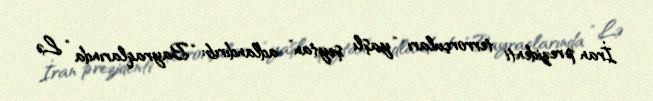
İran prezidenti terrorçuları “yaşlı şeytan” adlandırıb: “Bayraqlarında “Lə